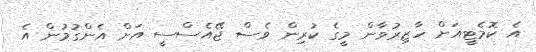
އެ ކޮމެޓީއަށް ހާޒިރުވާން މީގެ ކުރިން ވެސް ޖޭއެސްސީ އަށް އެންގުމުން އެ